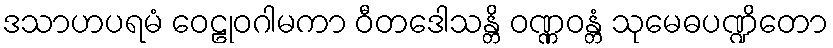
ဒသာဟပရမံ ဝေဠုဝဂါမကာ ဝီတဒေါသန္တိ ဝဏ္ဏဝန္တံ သုမေဓပဏ္ဍိတော